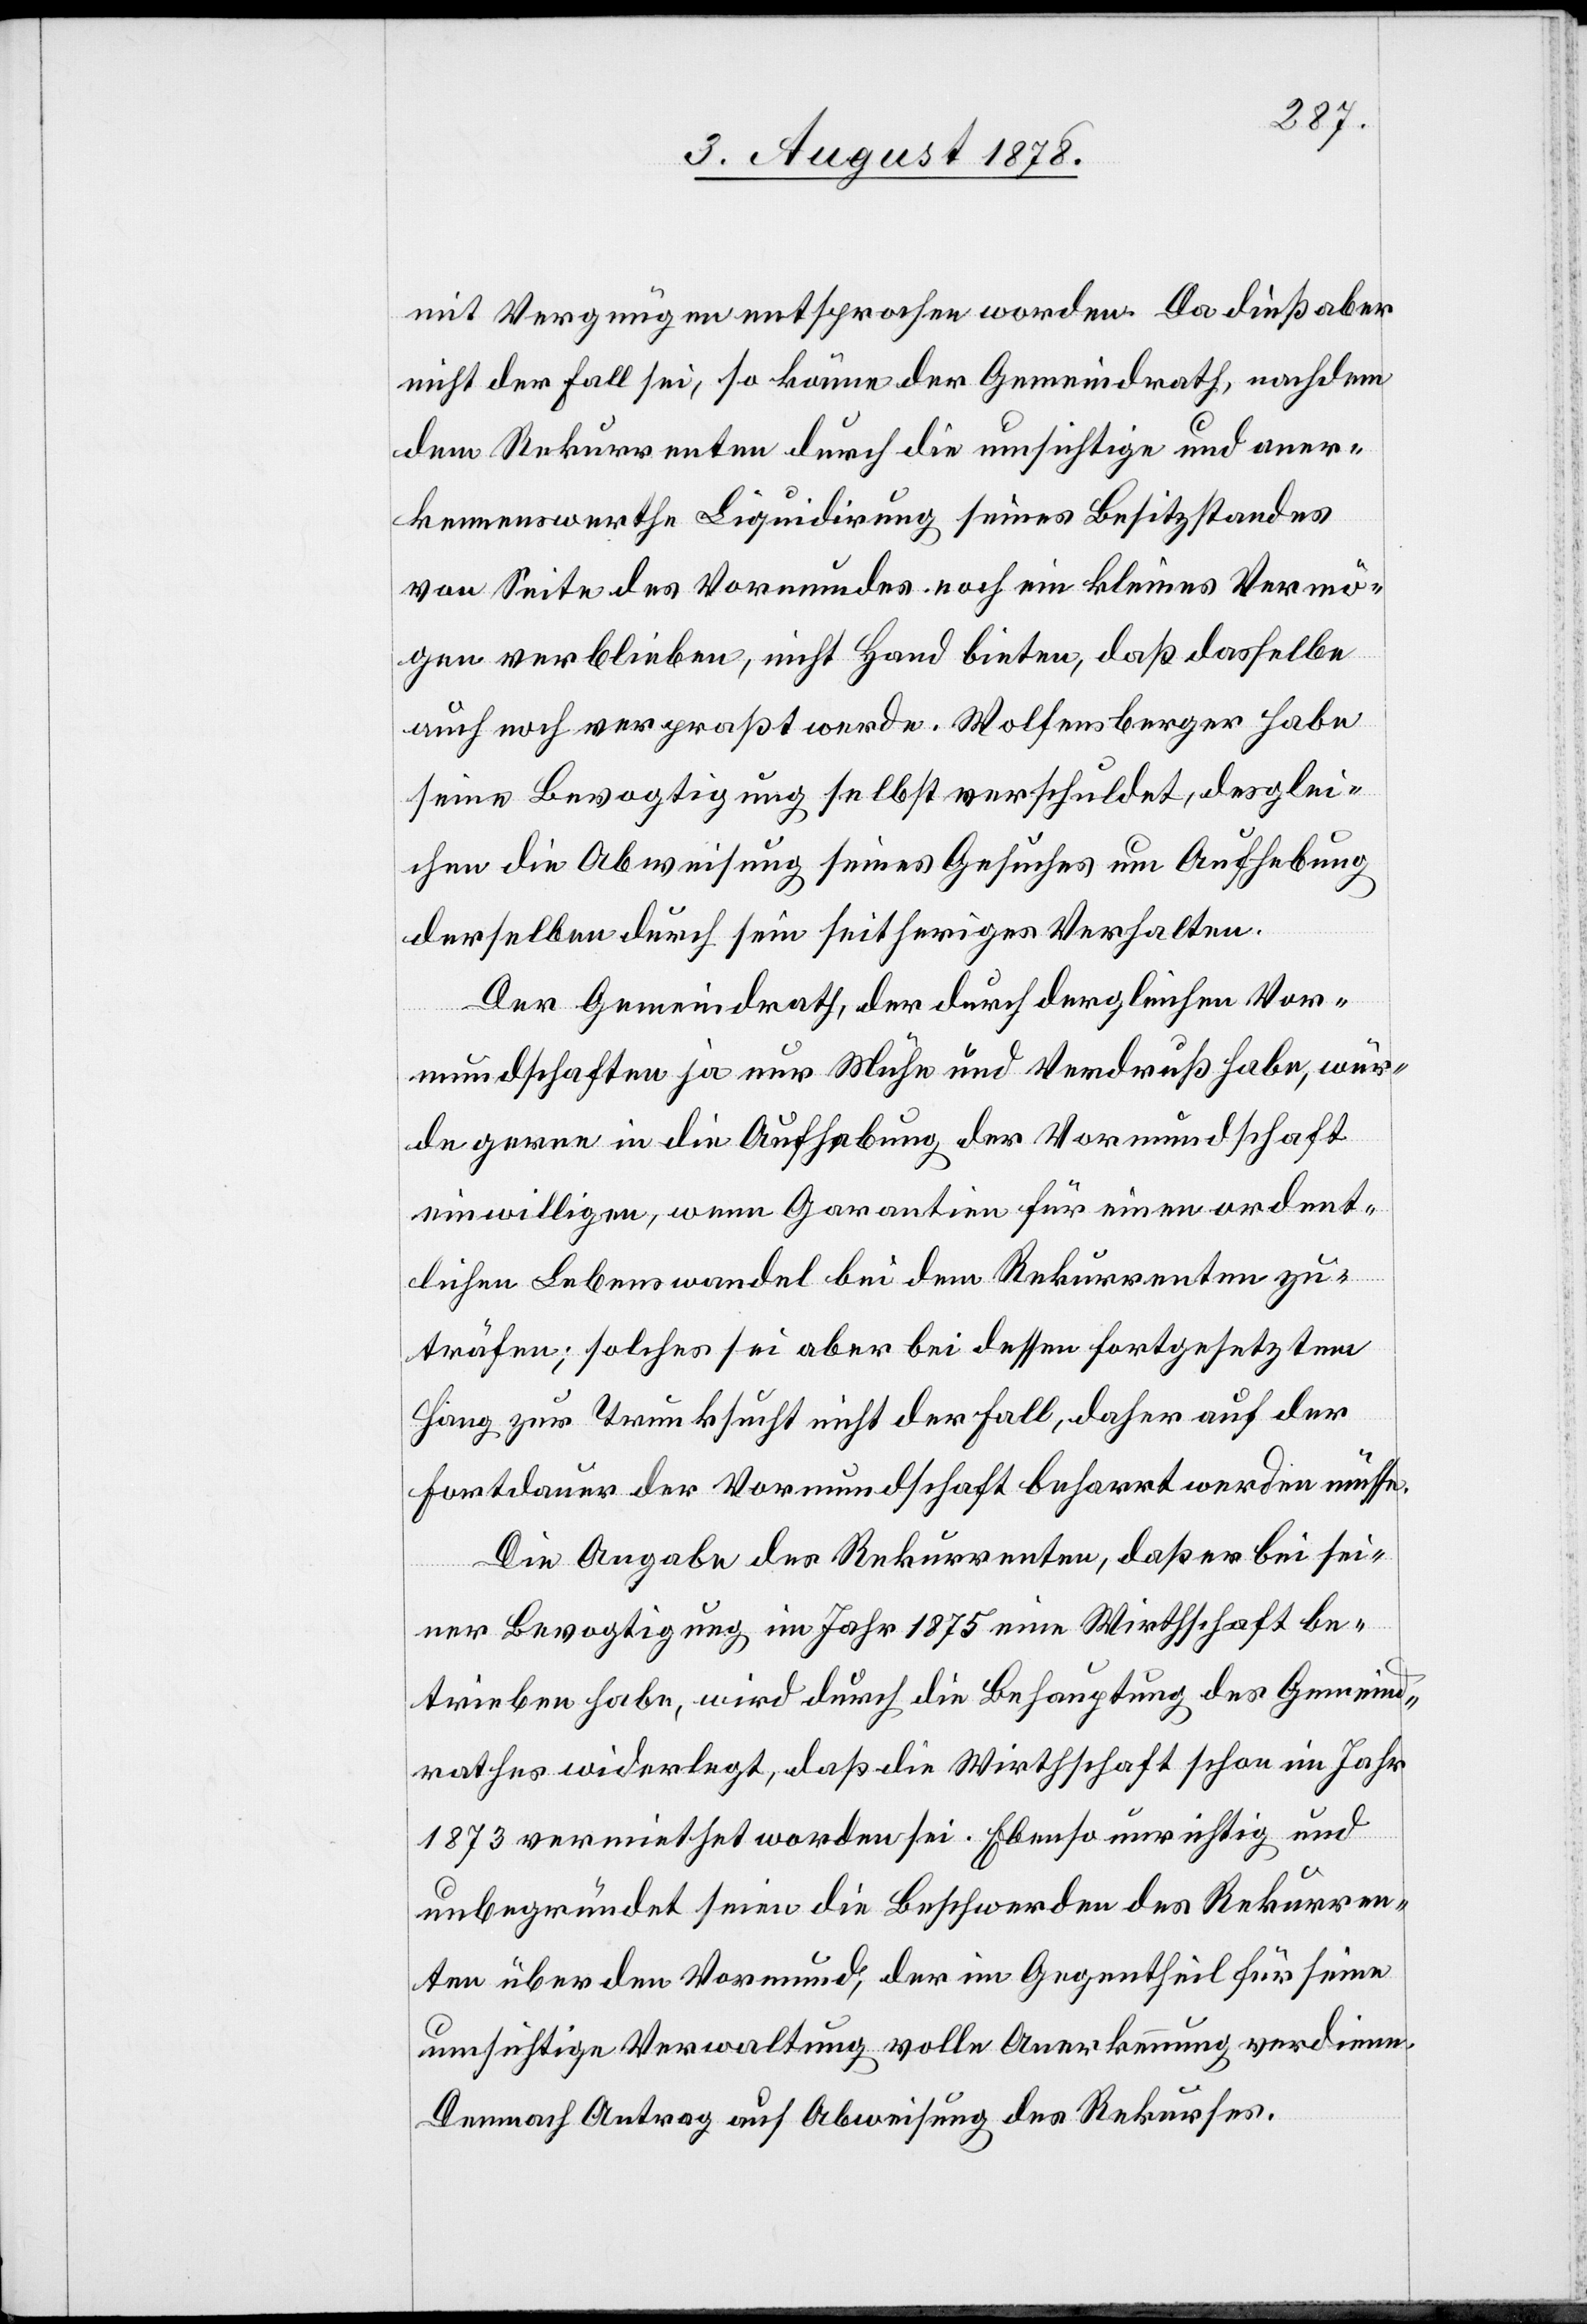
mit Vermögen entsprochen worden. Da dies aber
nicht der Fall sei, so könne der Gemeindrath, nachdem
dem Rekurrenten durch die umsichtige und aner¬
kennenswerthe Liquidirung seines Besitzstandes
von Seite des Vormundes noch ein kleines Vermö¬
gen verblieben, nicht Hand bieten, daß dasselbe
auch noch verprasst werde. Wolfensberger habe
seine Bevogtigung selbst verschuldet, desglei¬
chen die Abweisung seines Gesuches um Aufhebung
derselben durch sein seitheriges Verhalten.
Der Gemeindrath, der durch dergleichen Vor¬
mundschaften ja nur Mühe und Verdruß habe, wür¬
de gerne in die Aufhebung der Vormundschaft
einwilligen, wenn Garantien für einen ordent¬
lichen Lebenswandel bei dem Rekurrenten zu¬
träfen; solches sei aber bei dessen fortgesetztem
Hang zur Trunksucht nicht der Fall, daher auf der
Fortdauer der Vormundschaft beharrt werden müsse.
Die Angabe des Rekurrenten, daß er bei sei¬
ner Bevogtigung im Jahr 1875 eine Wirthschaft be¬
trieben habe, wird durch die Behauptung des Gemeind¬
rathes widerlegt, daß die Wirthschaft schon im Jahr
1873 vermiethet worden sei. Ebenso unrichtig und
unbegründet seien die Beschwerden des Rekurren¬
ten über den Vormund, der im Gegentheil für seine
umsichtige Verwaltung volle Anerkennung verdiene.
Demnach Antrag auf Abweisung des Rekurses.